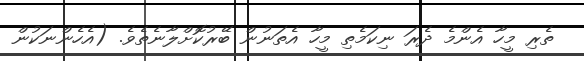
ތެރި މީހާ އެންމެ ދެރަ ނިކަމެތި މީހާ އެތަނުން ބޭރުކޮށްލާނެތެވެ. (އެހެންނަކުން